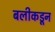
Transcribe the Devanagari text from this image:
बलीकडून